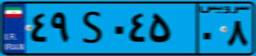
۴۹S۰۴۵۰۸